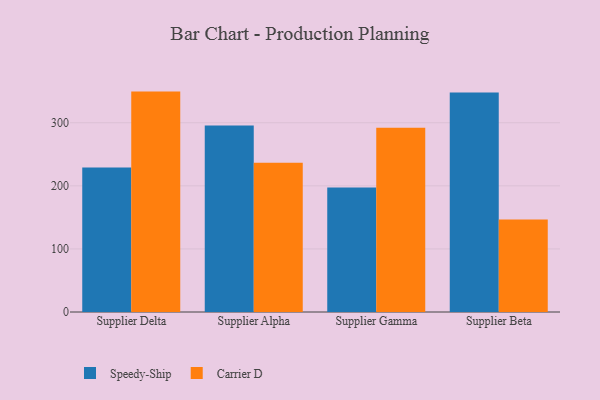
{"axis": {"x": "Supplier", "y": "Humidity (%)"}, "legend": ["Carrier D", "Speedy-Ship"], "data": [{"x": "Supplier Delta", "y": 229.2, "type": "Speedy-Ship"}, {"x": "Supplier Delta", "y": 349.4, "type": "Carrier D"}, {"x": "Supplier Alpha", "y": 295.5, "type": "Speedy-Ship"}, {"x": "Supplier Alpha", "y": 236.7, "type": "Carrier D"}, {"x": "Supplier Gamma", "y": 197.4, "type": "Speedy-Ship"}, {"x": "Supplier Gamma", "y": 292.0, "type": "Carrier D"}, {"x": "Supplier Beta", "y": 347.9, "type": "Speedy-Ship"}, {"x": "Supplier Beta", "y": 146.5, "type": "Carrier D"}]}